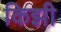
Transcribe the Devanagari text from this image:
किझी